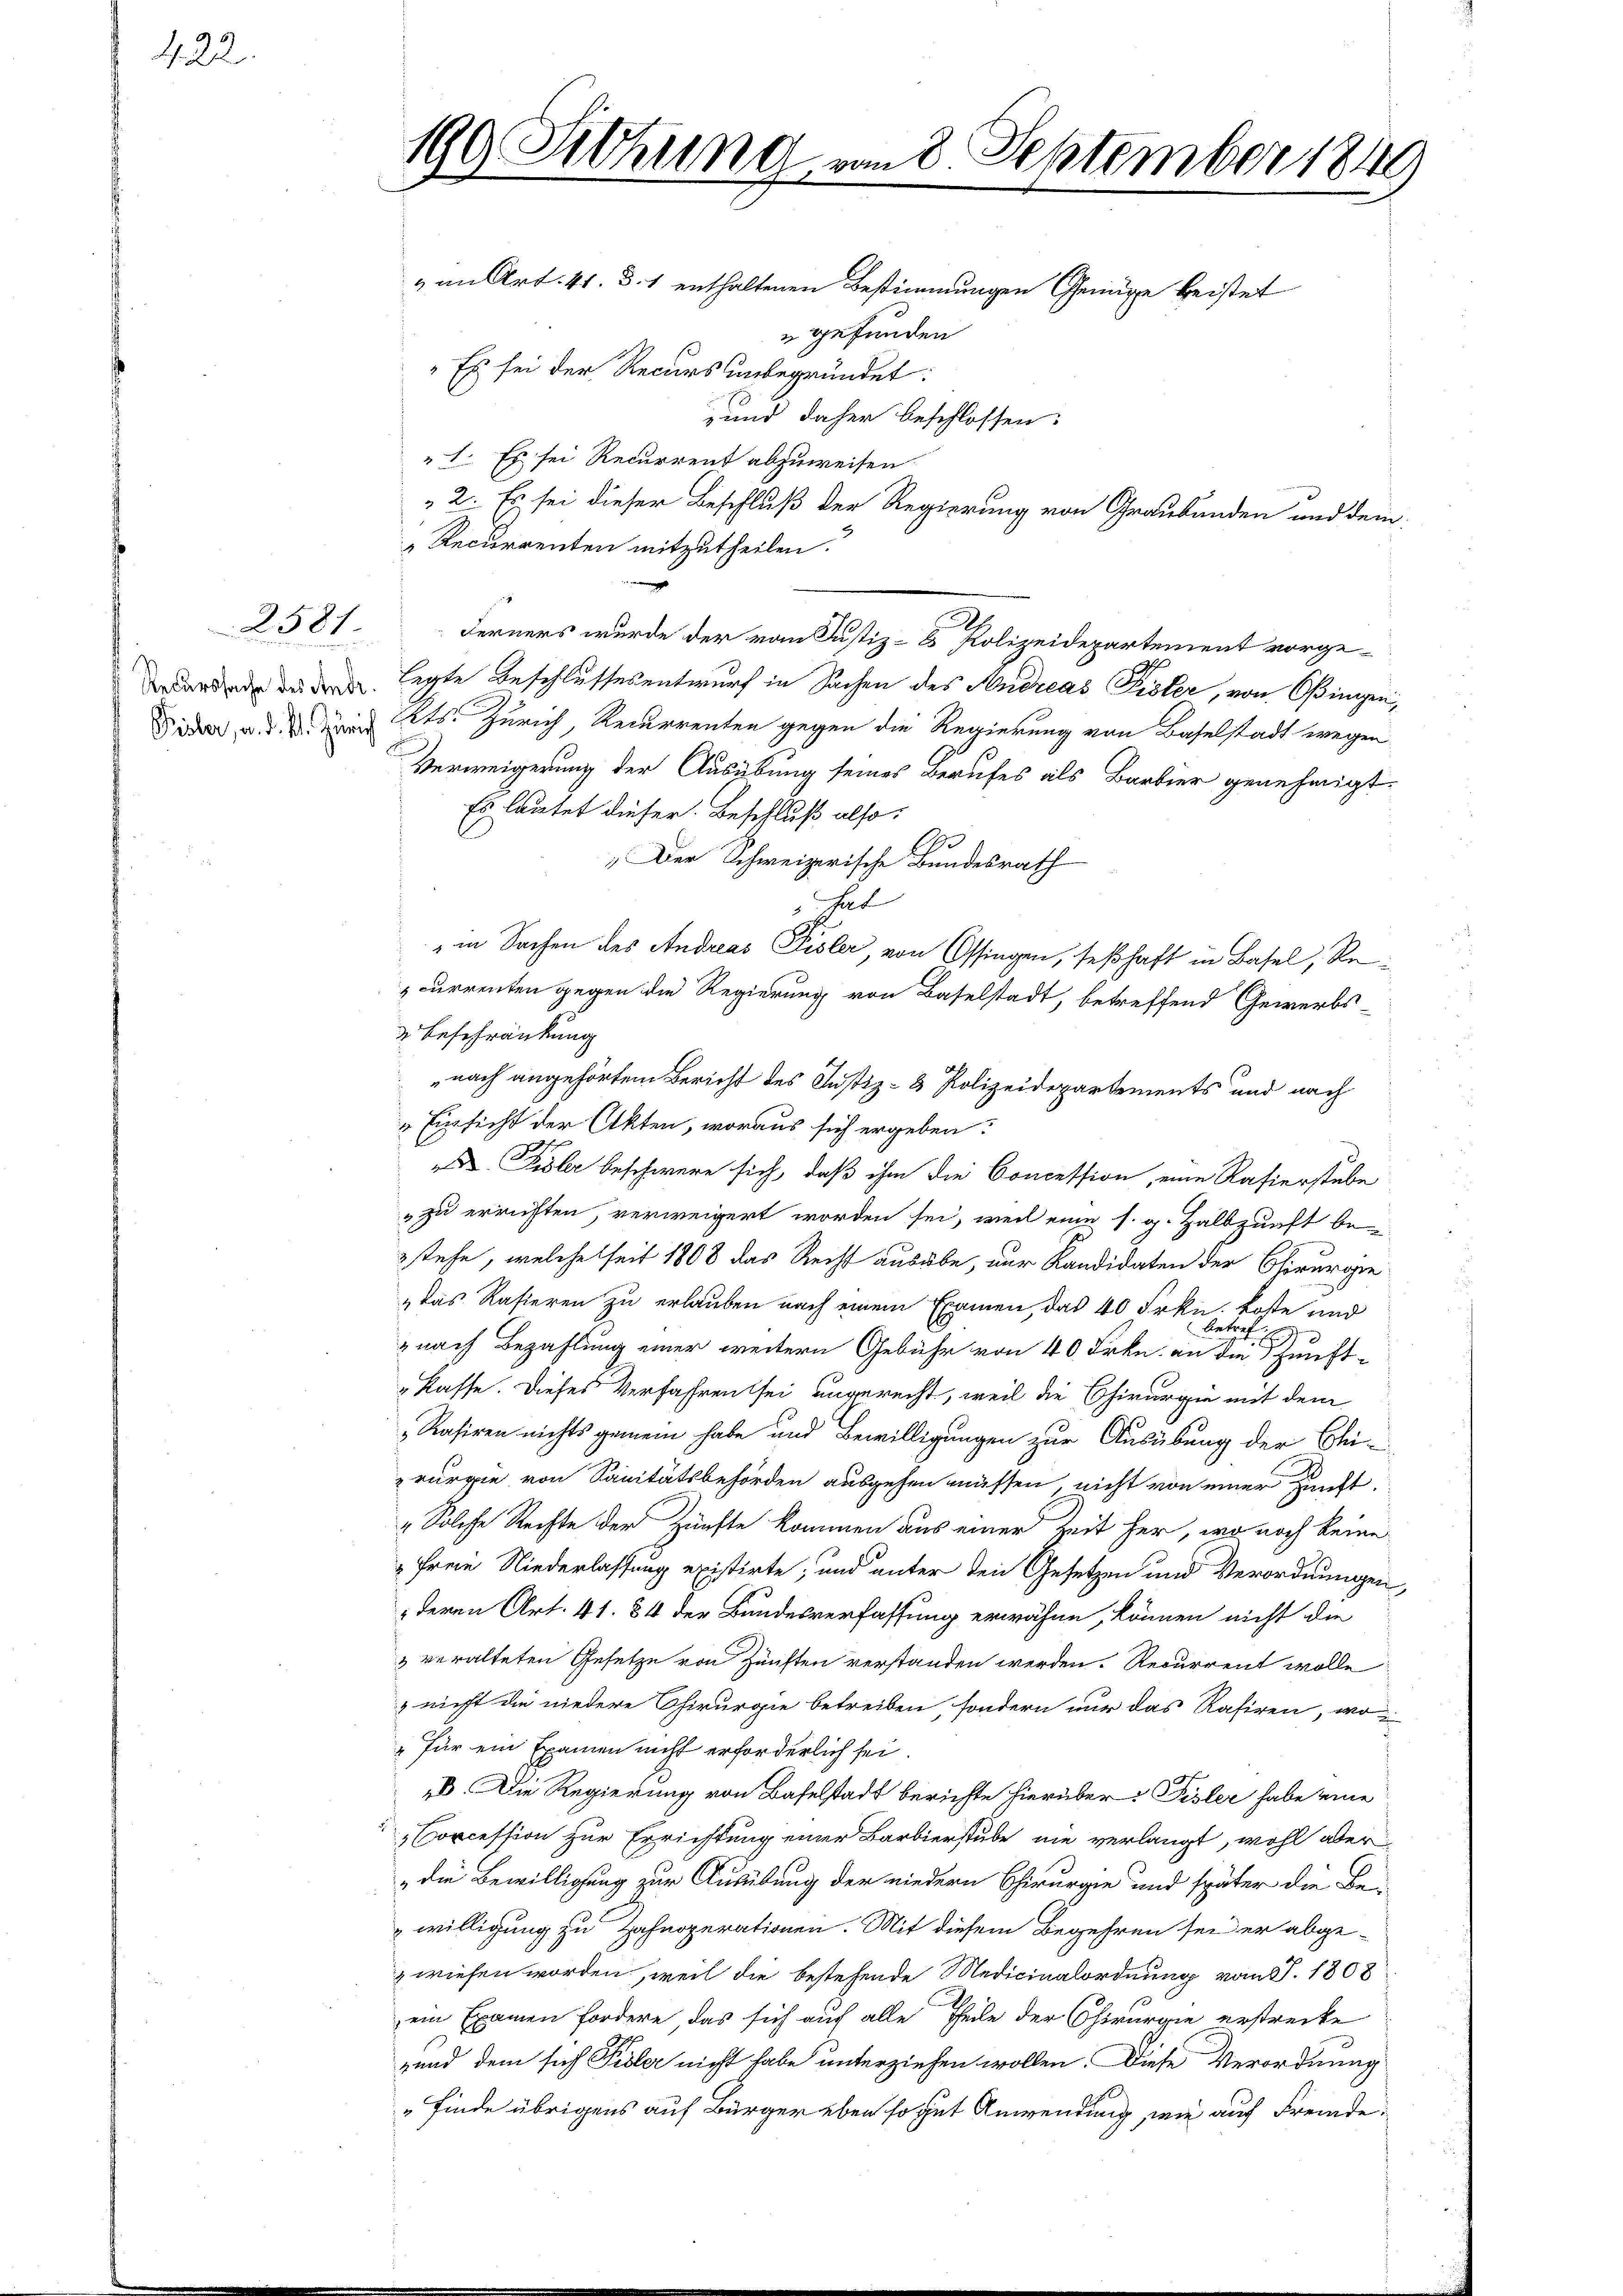
422.

2581

199. Siehung vom 8. September 1849

& an Art. 41. d. 1 enthaltenen Bestimmungen Genüge beistet
gefunden
"Es sei der Recurs unbegründet:
und daher beschlossen:
1. Es sei Recurrent abzuweisen
2. Es sei dieser Beschluß der Regierung von Graubünden und dem
Recurrenten mitzutheilen.
Ferners wurde der vom Justiz- & Polizeidepartement vorgeardende de legte Beschlussesentwurf in Sachen des Andreas Fister, von Oßingen
Sider a. d. Kts. Zürich, Recurrenten gegen die Regierung von Baselstadt wegen
Verweigerung der Ausübung seines Berufes als Barbier genehmigt.
Es lautet dieser Beschluß also
2
Der Schweizerische Bundesrath
hut
" in Sachen des Andreas Fisler, von Ossingen, seßhaft in Basel, Re
currenten gegen die Regierung von Baselstadt, betreffend Gewerbs-
 Beschränkung
nach angehörtem Bericht des Justiz- & Polizeidepartements und nach
Einsicht der Akten, woraus sich ergeben:
 Gisler beschwere sich, daß ihm die Concession, eine Rafierstube
" zu errichten, verweigert worden sei, weil eine s. g. Halbzunft bestehe, welche seit 1808 das Recht ausübe, nur Kandidaten der Chirurgie
„das Rasieren zu erlauben nach einem Examen, das 40 Frkn. Koste und
Bett.
nach Bezahlung einer weitern Gebühr von 40 Frkn. an die Sfunft-
„Kasse. Dieses Verfahren sei ungerecht, weil die Chirurgie mit dem
Rasiren nichts gemein habe und Bewilligungen zur Ausübung der Chirurgie von Sanitätsbehörden ausgehen müssen, nicht von einer Zunft¬
„Solche Rechte der Zünfte kommen aus einer Zeit her, wo noch keine
„Freie Niederlassung existirte, und unter den Gesetzen und Verordnungen,
deren Art. 41. 84 der Bundesverfassung erwähne, können nicht die
3 veralteten Gesetze von Zünften verstanden werden. Recurrent wolle
nicht die niedere Chirurgie betreiben, sondern nur das Rasiren, wo¬
„Für ein Examen nicht erforderlich sei.
es. Die Regierung von Baselstadt berichte hierüber Pisler habe eine
Corcession zur Errichtung einer Barbierstube nie verlangt, wohl aber
„die Bewilligung zur Ausübung der niedern Chirurgie und später die Be
willigung zu Zahnoperationen. Mit diesem Begehren sei er abgezwiesen worden, weil die bestehende Medicinalordnung vom 1. 1808
ein Examen fordere, das sich auf alle Theile der Chirurgie erstrecke
gund dem sich Sidler nicht habe unterziehen wollen. Diese Verordnung
"finde übrigens auf Bürger eben so gut Anwendung, wie auf Fremde